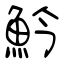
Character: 䰼